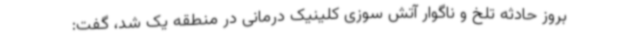
بروز حادثه تلخ و ناگوار آتش سوزی کلینیک درمانی در منطقه یک شد، گفت: